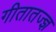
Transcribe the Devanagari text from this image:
गीतातज्ज्ञ